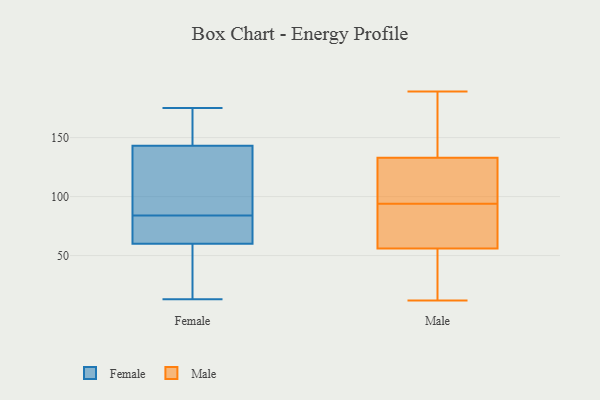
{"axis": {"x": "Energy Usage (MWh)", "y": "Value"}, "legend": ["Female", "Male"], "data": [{"x": "", "y": 137, "type": "Female"}, {"x": "", "y": 151, "type": "Female"}, {"x": "", "y": 149, "type": "Female"}, {"x": "", "y": 113, "type": "Female"}, {"x": "", "y": 81, "type": "Female"}, {"x": "", "y": 175, "type": "Female"}, {"x": "", "y": 105, "type": "Female"}, {"x": "", "y": 60, "type": "Female"}, {"x": "", "y": 25, "type": "Female"}, {"x": "", "y": 83, "type": "Female"}, {"x": "", "y": 34, "type": "Female"}, {"x": "", "y": 78, "type": "Female"}, {"x": "", "y": 143, "type": "Female"}, {"x": "", "y": 85, "type": "Female"}, {"x": "", "y": 13, "type": "Female"}, {"x": "", "y": 71, "type": "Female"}, {"x": "", "y": 54, "type": "Female"}, {"x": "", "y": 158, "type": "Female"}, {"x": "", "y": 145, "type": "Male"}, {"x": "", "y": 169, "type": "Male"}, {"x": "", "y": 12, "type": "Male"}, {"x": "", "y": 56, "type": "Male"}, {"x": "", "y": 189, "type": "Male"}, {"x": "", "y": 28, "type": "Male"}, {"x": "", "y": 122, "type": "Male"}, {"x": "", "y": 175, "type": "Male"}, {"x": "", "y": 27, "type": "Male"}, {"x": "", "y": 86, "type": "Male"}, {"x": "", "y": 93, "type": "Male"}, {"x": "", "y": 15, "type": "Male"}, {"x": "", "y": 73, "type": "Male"}, {"x": "", "y": 95, "type": "Male"}, {"x": "", "y": 96, "type": "Male"}, {"x": "", "y": 80, "type": "Male"}, {"x": "", "y": 123, "type": "Male"}, {"x": "", "y": 133, "type": "Male"}]}